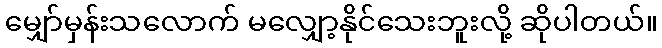
မျှော်မှန်းသလောက် မလျှော့နိုင်သေးဘူးလို့ ဆိုပါတယ်။